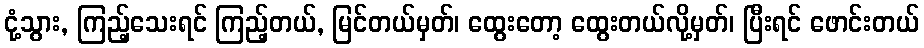
ငုံ့သွား, ကြည့်သေးရင် ကြည့်တယ်, မြင်တယ်မှတ်၊ ထွေးတော့ ထွေးတယ်လို့မှတ်၊ ပြီးရင် ဖောင်းတယ်